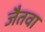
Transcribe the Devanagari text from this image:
जैतवा